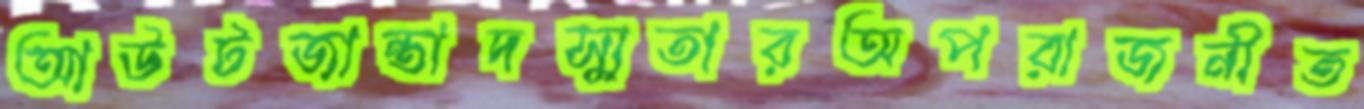
আউটজান্তাদস্যুতারঅপরাজনীত